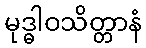
မုဒ္ဓါဝသိတ္တာနံ